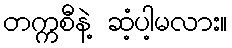
တက္ကစီနဲ့ ဆံ့ပါ့မလား။